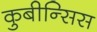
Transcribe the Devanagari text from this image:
कुबीन्सिस